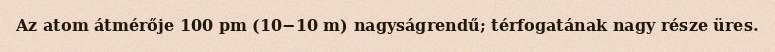
Az atom átmérője 100 pm (10−10 m) nagyságrendű; térfogatának nagy része üres.